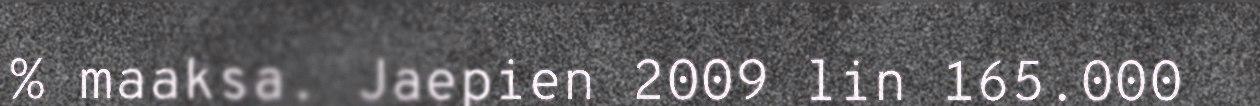
% maaksa. Jaepien 2009 lin 165.000